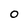
Character: 0